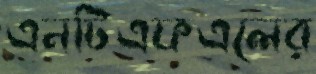
এনটিএফএলের